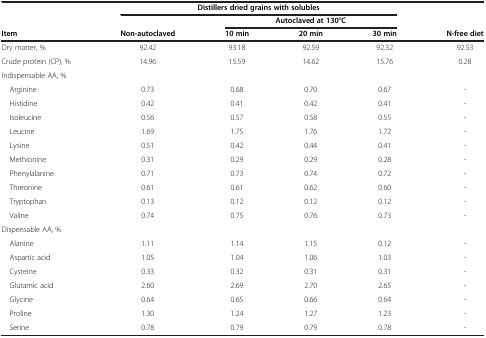
<table><thead><tr><td><b> </b></td><td colspan="4"><b>Distillers dried grains with solubles</b></td><td><b> </b></td></tr><tr><td><b> </b></td><td><b> </b></td><td colspan="3"><b>Autoclaved at 130°C</b></td><td><b> </b></td></tr><tr><td><b>Item</b></td><td><b>Non-autoclaved</b></td><td><b>10 min</b></td><td><b>20 min</b></td><td><b>30 min</b></td><td><b>N-free diet</b></td></tr></thead><tbody><tr><td>Dry matter, %</td><td>92.42</td><td>93.18</td><td>92.59</td><td>92.32</td><td>92.53</td></tr><tr><td>Crude protein (CP), %</td><td>14.96</td><td>15.59</td><td>14.62</td><td>15.76</td><td>0.28</td></tr><tr><td>Indispensable AA, %</td><td> </td><td> </td><td> </td><td> </td><td> </td></tr><tr><td> Arginine</td><td>0.73</td><td>0.68</td><td>0.70</td><td>0.67</td><td>-</td></tr><tr><td> Histidine</td><td>0.42</td><td>0.41</td><td>0.42</td><td>0.41</td><td>-</td></tr><tr><td> Isoleucine</td><td>0.56</td><td>0.57</td><td>0.58</td><td>0.55</td><td>-</td></tr><tr><td> Leucine</td><td>1.69</td><td>1.75</td><td>1.76</td><td>1.72</td><td>-</td></tr><tr><td> Lysine</td><td>0.51</td><td>0.42</td><td>0.44</td><td>0.41</td><td>-</td></tr><tr><td> Methionine</td><td>0.31</td><td>0.29</td><td>0.29</td><td>0.28</td><td>-</td></tr><tr><td> Phenylalanine</td><td>0.71</td><td>0.73</td><td>0.74</td><td>0.72</td><td>-</td></tr><tr><td> Threonine</td><td>0.61</td><td>0.61</td><td>0.62</td><td>0.60</td><td>-</td></tr><tr><td> Tryptophan</td><td>0.13</td><td>0.12</td><td>0.12</td><td>0.12</td><td>-</td></tr><tr><td> Valine</td><td>0.74</td><td>0.75</td><td>0.76</td><td>0.73</td><td>-</td></tr><tr><td>Dispensable AA, %</td><td> </td><td> </td><td> </td><td> </td><td> </td></tr><tr><td> Alanine</td><td>1.11</td><td>1.14</td><td>1.15</td><td>0.12</td><td>-</td></tr><tr><td> Aspartic acid</td><td>1.05</td><td>1.04</td><td>1.06</td><td>1.03</td><td>-</td></tr><tr><td> Cysteine</td><td>0.33</td><td>0.32</td><td>0.31</td><td>0.31</td><td>-</td></tr><tr><td> Glutamic acid</td><td>2.60</td><td>2.69</td><td>2.70</td><td>2.65</td><td>-</td></tr><tr><td> Glycine</td><td>0.64</td><td>0.65</td><td>0.66</td><td>0.64</td><td>-</td></tr><tr><td> Proline</td><td>1.30</td><td>1.24</td><td>1.27</td><td>1.23</td><td>-</td></tr><tr><td> Serine</td><td>0.78</td><td>0.79</td><td>0.79</td><td>0.78</td><td>-</td></tr></tbody></table>